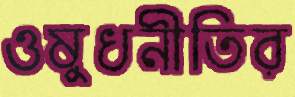
ওষুধনীতির